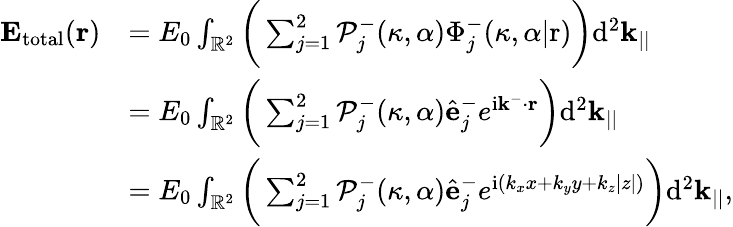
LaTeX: \begin{array}{rl}{\mathbf{E_{\mathrm{total}}}(\mathbf{r})}&{=E_{0}\int_{\mathbb{R}^{2}}\bigg(\sum_{j=1}^{2}\mathcal{P}_{j}^{-}(\kappa,\alpha)\Phi_{j}^{-}(\kappa,\alpha|\mathrm{r})\bigg)\mathrm{d}^{2}\mathbf{k}_{||}}\\ &{=E_{0}\int_{\mathbb{R}^{2}}\bigg(\sum_{j=1}^{2}\mathcal{P}_{j}^{-}(\kappa,\alpha)\hat{\mathbf{e}}_{j}^{-}e^{\mathrm{i}\mathbf{k}^{-}\cdot\mathbf{r}}\bigg)\mathrm{d}^{2}\mathbf{k}_{||}}\\ &{=E_{0}\int_{\mathbb{R}^{2}}\bigg(\sum_{j=1}^{2}\mathcal{P}_{j}^{-}(\kappa,\alpha)\hat{\mathbf{e}}_{j}^{-}e^{\mathrm{i}(k_{x}x+k_{y}y+k_{z}|z|)}\bigg)\mathrm{d}^{2}\mathbf{k}_{||},}\end{array}